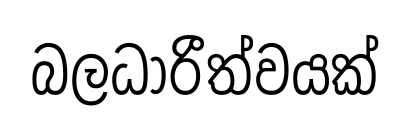
බලධාරීත්වයක්